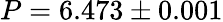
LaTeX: P=6.473\pm 0.001